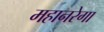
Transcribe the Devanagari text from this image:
महानरेगा